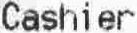
CASHIER